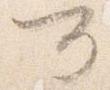
可